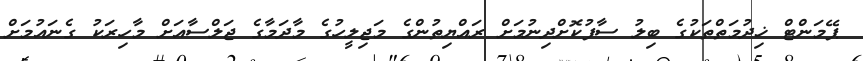
ޕޭމަންޓް ޚިދުމަތްތަކުގެ ބިލު ސާފުކޮށްދިނުމަށް ރައްޔިތުންގެ މަޖިލީހުގެ މާދަމާގެ ޖަލްސާއަށް މާހިރަކު ގެނައުމަށް